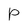
Character: P